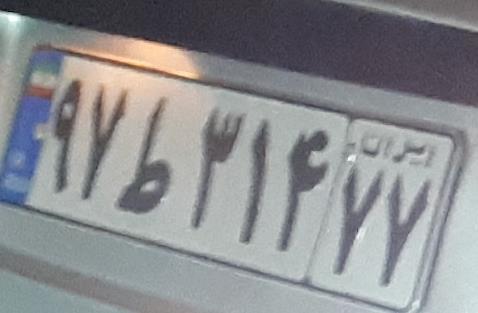
۹۷ط۳۱۴۷۷